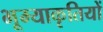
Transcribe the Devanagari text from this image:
भूम्याकृतियों